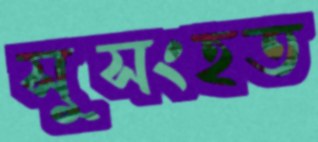
সুসংহত